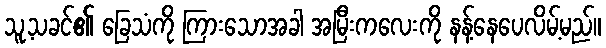
သူ့သခင်၏ ခြေသံကို ကြားသောအခါ အမြီးကလေးကို နန့်နေပေလိမ့်မည်။